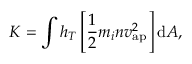
K = \int \ensuremath { h _ { T } } \left[ \frac { 1 } { 2 } m _ { i } n v _ { \mathrm { a p } } ^ { 2 } \right] \mathrm { d } A ,